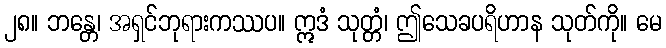
၂၈။ ဘန္တေ၊ အရှင်ဘုရားကဿပ။ ဣဒံ သုတ္တံ၊ ဤသေခပရိဟာန သုတ်ကို။ မေ